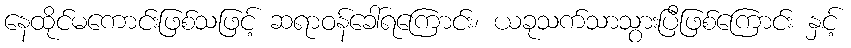
နေထိုင်မကောင်းဖြစ်သဖြင့် ဆရာဝန်ခေါ်ရကြောင်း၊ ယခုသက်သာသွားပြီဖြစ်ကြောင်း နှင့်